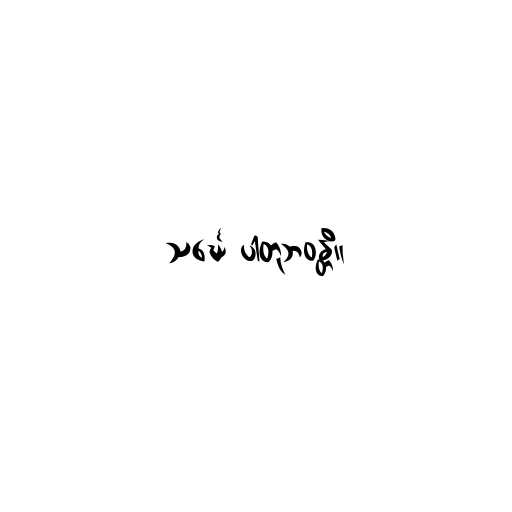
သင်္ဃေ ပါတုဘဝန္တိ။